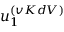
u _ { 1 } ^ { ( v K d V ) }